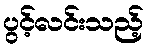
ပွင့်လင်းသည့်